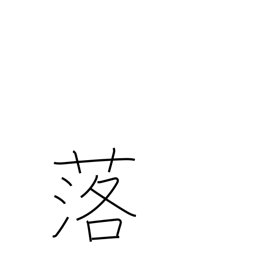
Meaning: come down